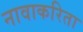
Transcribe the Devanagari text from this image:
नावाकरिता